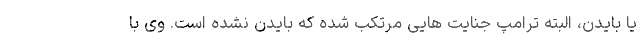
یا بایدن، البته ترامپ جنایت هایی مرتکب شده که بایدن نشده است. وی با